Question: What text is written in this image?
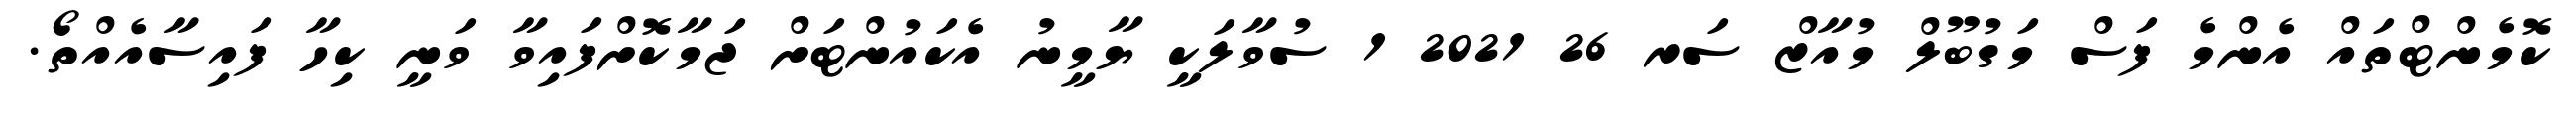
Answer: ކޮމެންޓްތައް އެންމެ ފަސް މަގުބޫލް މުއާޒް ސަރ 26 2021 1 ސުވާލަކީ ޔާމީނު އެކައުންޓަށް ޖަމާކޮށްފައިވާ ވަނީ ކިހާ ފައިސާއެއްތޯ.